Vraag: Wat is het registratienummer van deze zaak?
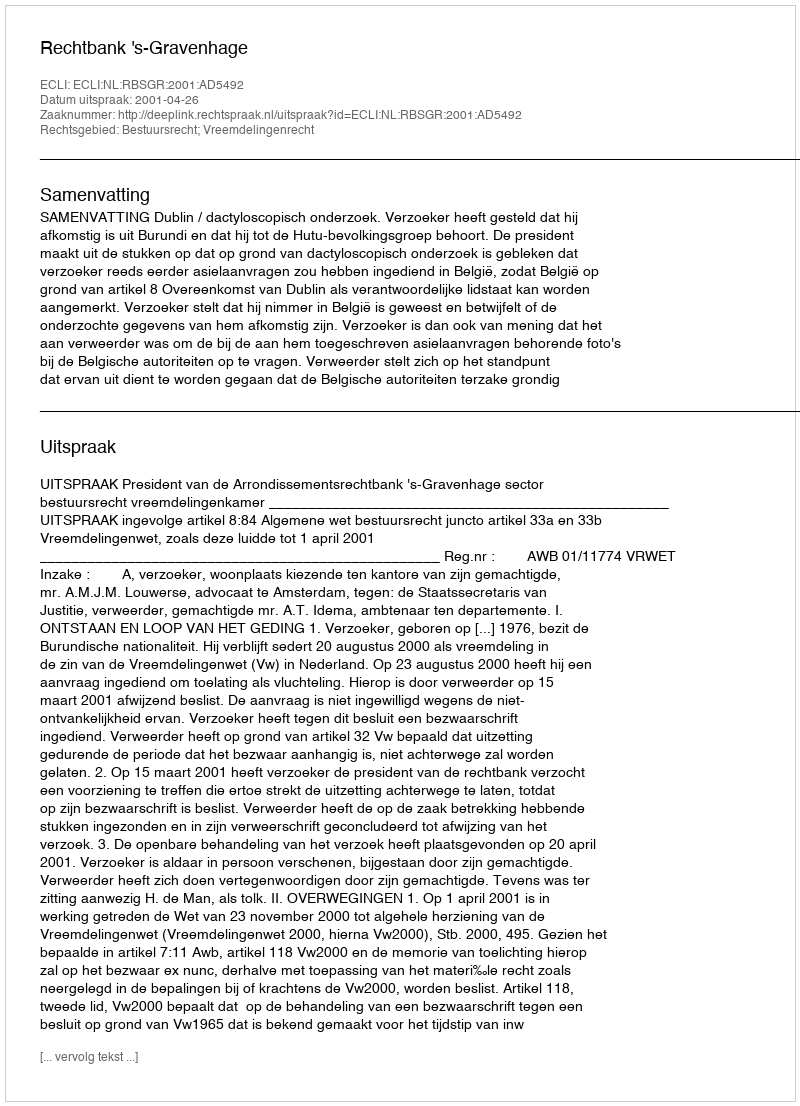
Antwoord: http://deeplink.rechtspraak.nl/uitspraak?id=ECLI:NL:RBSGR:2001:AD5492